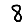
Digit: 8